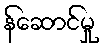
န်ဆောင်မှု